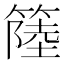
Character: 𥲎